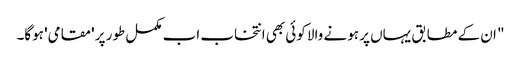
" ان کے مطابق یہاں پر ہونے والا کوئی بھی انتخاب اب مکمل طور پر 'مقامی' ہوگا۔